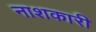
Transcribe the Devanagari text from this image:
नाशकारी